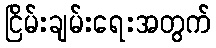
ငြိမ်းချမ်းရေးအတွက်